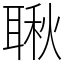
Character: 䎿